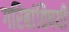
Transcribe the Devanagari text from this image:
गरिबांविषयी